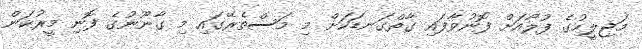
މަޖިލީހުގެ ފުލޯއަށް ފޮނުވާފައި ގާތްގަނޑަކަށް މި މަސްތެރޭގައި މި ގާނޫނުގެ ފޮނި މީރުކަން